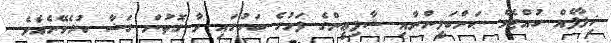
ޚިލާފެއް ހުއްޓެވެ. ޙަންބަލީންނާއި ޝާފިޢީންގެ ފަހުގެ ބަހުގައި ވާ ގޮތުން ގަޟާ ކުރެވޭނެއެވެ.